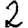
Digit: 2